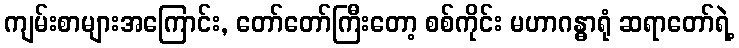
ကျမ်းစာများအကြောင်း, တော်တော်ကြီးတော့ စစ်ကိုင်း မဟာဂန္ဓာရုံ ဆရာတော်ရဲ့